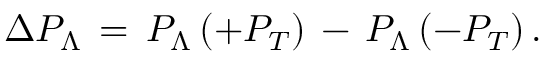
\Delta P _ { \Lambda } \, = \, P _ { \Lambda } \, ( + P _ { T } ) \, - \, P _ { \Lambda } \, ( - P _ { T } ) \, .